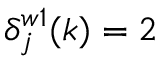
\delta _ { j } ^ { w 1 } ( k ) = 2